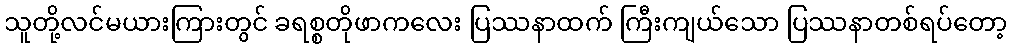
သူတို့လင်မယားကြားတွင် ခရစ္စတိုဖာကလေး ပြဿနာထက် ကြီးကျယ်သော ပြဿနာတစ်ရပ်တော့